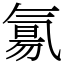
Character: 氱